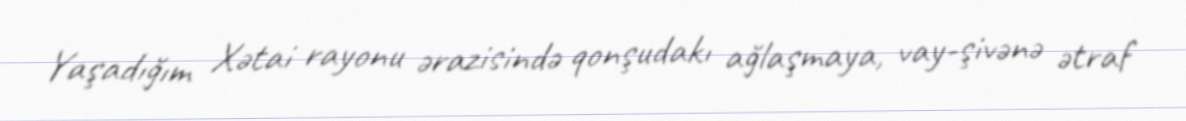
Yaşadığım Xətai rayonu ərazisində qonşudakı ağlaşmaya, vay-şivənə ətraf